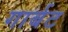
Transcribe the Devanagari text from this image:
गार्बट